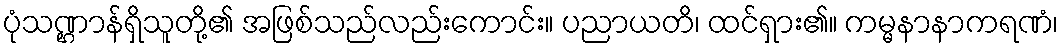
ပုံသဏ္ဌာန်ရှိသူတို့၏ အဖြစ်သည်လည်းကောင်း။ ပညာယတိ၊ ထင်ရှား၏။ ကမ္မနာနာကရဏံ၊